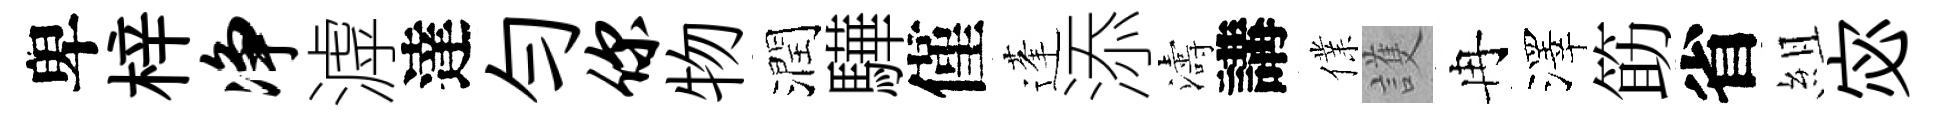
卑梓净滹達勻你物潤驊僅蓬添濤講㒒護冉澤筯省組宓